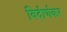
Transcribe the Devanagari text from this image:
विदीर्णकर